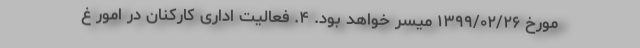
مورخ ۱۳۹۹/۰۲/۲۶ میسر خواهد بود. ۴. فعالیت اداری کارکنان در امور غ